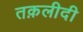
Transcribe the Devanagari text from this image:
तक़लीदी